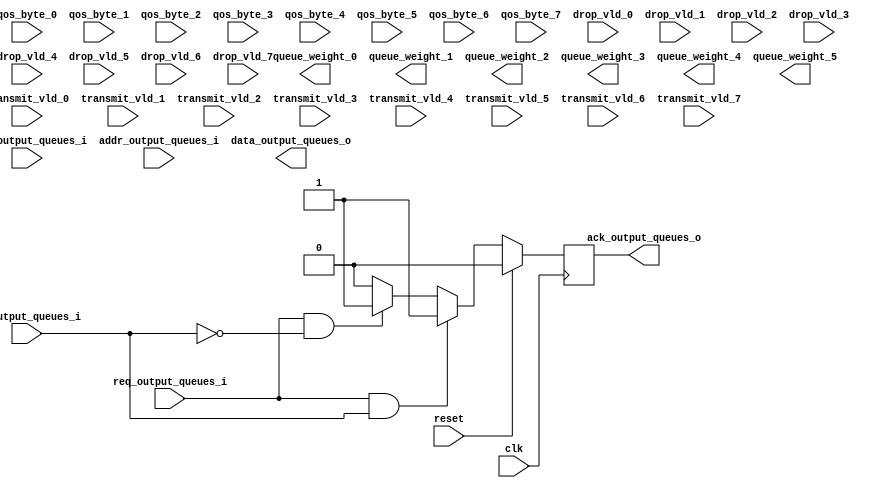
`timescale 1ns / 1ps
//////////////////////////////////////////////////////////////////////////////////
// Company: 
// Engineer: 
// 
// Design Name: 
// Module Name: output_queue_reg_master
// Project Name: 
// Target Devices: 
// Tool Versions: 
// Description: 
// 
// Dependencies: 
// 
// Revision:
// Revision 0.01 - File Created
// Additional Comments:
// 
//////////////////////////////////////////////////////////////////////////////////

   
   module output_queue_reg_master
   (
      input [31:0]   data_output_queues_i ,
      input [31:0]   addr_output_queues_i ,
      input          req_output_queues_i  ,
      input          rw_output_queues_i   ,
      output reg    ack_output_queues_o  ,
      output reg[31:0]  data_output_queues_o ,
      
      input clk,
      input reset,
      
      output reg[5:0]queue_weight_0,
      output reg[5:0]queue_weight_1,
      output reg[5:0]queue_weight_2,
      output reg[5:0]queue_weight_3,
      output reg[5:0]queue_weight_4,
      output reg[5:0]queue_weight_5,
      
      input [5:0]transmit_vld_0   ,
      input [5:0]transmit_vld_1   ,
      input [5:0]transmit_vld_2   ,
      input [5:0]transmit_vld_3   ,
      input [5:0]transmit_vld_4   ,
      input [5:0]transmit_vld_5   ,
      input [5:0]transmit_vld_6   ,
      input [5:0]transmit_vld_7   ,
   
      input [31:0]qos_byte_0   ,
      input [31:0]qos_byte_1   ,
      input [31:0]qos_byte_2   ,
      input [31:0]qos_byte_3   ,
      input [31:0]qos_byte_4   ,
      input [31:0]qos_byte_5   ,
      input [31:0]qos_byte_6   ,
      input [31:0]qos_byte_7   ,
   
      input [5:0]drop_vld_0        ,
      input [5:0]drop_vld_1        ,
      input [5:0]drop_vld_2        ,
      input [5:0]drop_vld_3        ,
      input [5:0]drop_vld_4        ,
      input [5:0]drop_vld_5        ,
      input [5:0]drop_vld_6        ,
      input [5:0]drop_vld_7        
   );
`ifdef ONETS45
begin
       reg [31:0]drop_pkt_0[5:0];
       reg [31:0]drop_pkt_1[5:0];
       reg [31:0]drop_pkt_2[5:0];
       reg [31:0]drop_pkt_3[5:0];
       reg [31:0]drop_pkt_4[5:0];
       reg [31:0]drop_pkt_5[5:0];
       reg [31:0]drop_pkt_6[5:0];
       reg [31:0]drop_pkt_7[5:0];
       
       reg [31:0]drop_byte_0[5:0];
       reg [31:0]drop_byte_1[5:0];
       reg [31:0]drop_byte_2[5:0];
       reg [31:0]drop_byte_3[5:0];
       reg [31:0]drop_byte_4[5:0];
       reg [31:0]drop_byte_5[5:0];
       reg [31:0]drop_byte_6[5:0];
       reg [31:0]drop_byte_7[5:0];
       
       reg [31:0]transmit_byte_0[5:0];
       reg [31:0]transmit_byte_1[5:0];
       reg [31:0]transmit_byte_2[5:0];
       reg [31:0]transmit_byte_3[5:0];
       reg [31:0]transmit_byte_4[5:0];
       reg [31:0]transmit_byte_5[5:0];
       reg [31:0]transmit_byte_6[5:0];
       reg [31:0]transmit_byte_7[5:0];
       
       reg [31:0]transmit_pkt_0[5:0];
       reg [31:0]transmit_pkt_1[5:0];
       reg [31:0]transmit_pkt_2[5:0];
       reg [31:0]transmit_pkt_3[5:0];
       reg [31:0]transmit_pkt_4[5:0];
       reg [31:0]transmit_pkt_5[5:0];
       reg [31:0]transmit_pkt_6[5:0];
       reg [31:0]transmit_pkt_7[5:0];
    
       always@(posedge clk)
       if(reset)
       begin
         transmit_pkt_0[0]<=0;
         transmit_pkt_0[1]<=0;
         transmit_pkt_0[2]<=0;
         transmit_pkt_0[3]<=0;
         transmit_pkt_0[4]<=0;
         
         transmit_byte_0[0]<=0;
         transmit_byte_0[1]<=0;
         transmit_byte_0[2]<=0;
         transmit_byte_0[3]<=0;
         transmit_byte_0[4]<=0;
         
         drop_pkt_0[0]<=0;
         drop_pkt_0[1]<=0;
         drop_pkt_0[2]<=0;
         drop_pkt_0[3]<=0;
         drop_pkt_0[4]<=0;
         
         drop_byte_0[0]<=0;
         drop_byte_0[1]<=0;
         drop_byte_0[2]<=0;
         drop_byte_0[3]<=0;
         drop_byte_0[4]<=0;
       end
       else if(|transmit_vld_0)
       begin
         case(transmit_vld_0)
            6'b000001:
            begin
               transmit_pkt_0[0]<=transmit_pkt_0[0]+1;
               transmit_byte_0[0]<=transmit_byte_0[0]+qos_byte_0;
            end
            6'b000010:
            begin
               transmit_pkt_0[1]<=transmit_pkt_0[1]+1;
               transmit_byte_0[1]<=transmit_byte_0[1]+qos_byte_0;
            end
            6'b000100:
            begin
               transmit_pkt_0[2]<=transmit_pkt_0[2]+1;
               transmit_byte_0[2]<=transmit_byte_0[2]+qos_byte_0;
            end
            6'b001000:
            begin
               transmit_pkt_0[3]<=transmit_pkt_0[3]+1;
               transmit_byte_0[3]<=transmit_byte_0[3]+qos_byte_0;
            end
            6'b010000:
            begin
               transmit_pkt_0[4]<=transmit_pkt_0[4]+1;
               transmit_byte_0[4]<=transmit_byte_0[4]+qos_byte_0;
            end 
           6'b100000:
           begin
              transmit_pkt_0[5]<=transmit_pkt_0[5]+1;
              transmit_byte_0[5]<=transmit_byte_0[5]+qos_byte_0;
           end  
        endcase  
       end
       else if(|drop_vld_0)
       begin
         case(drop_vld_0)
          6'b000001:
             begin
                drop_pkt_0[0]<=drop_pkt_0[0]+1;
                drop_byte_0[0]<=drop_byte_0[0]+qos_byte_0;
             end
             6'b000010:
             begin
                drop_pkt_0[1]<=drop_pkt_0[1]+1;
                drop_byte_0[1]<=drop_byte_0[1]+qos_byte_0;
             end
             6'b000100:
             begin
                drop_pkt_0[2]<=drop_pkt_0[2]+1;
                drop_byte_0[2]<=drop_byte_0[2]+qos_byte_0;
             end
             6'b001000:
             begin
                drop_pkt_0[3]<=drop_pkt_0[3]+1;
                drop_byte_0[3]<=drop_byte_0[3]+qos_byte_0;
             end
             6'b010000:
             begin
                drop_pkt_0[4]<=drop_pkt_0[4]+1;
                drop_byte_0[4]<=drop_byte_0[4]+qos_byte_0;
             end 
            6'b100000:
            begin
               drop_pkt_0[5]<=drop_pkt_0[5]+1;
               drop_byte_0[5]<=drop_byte_0[5]+qos_byte_0;
            end  
         endcase  
       end
       
       always@(posedge clk)
              if(reset)
              begin
                transmit_pkt_1[0]<=0;
                transmit_pkt_1[1]<=0;
                transmit_pkt_1[2]<=0;
                transmit_pkt_1[3]<=0;
                transmit_pkt_1[4]<=0;
                
                transmit_byte_1[0]<=0;
                transmit_byte_1[1]<=0;
                transmit_byte_1[2]<=0;
                transmit_byte_1[3]<=0;
                transmit_byte_1[4]<=0;
                
                drop_pkt_1[0]<=0;
                drop_pkt_1[1]<=0;
                drop_pkt_1[2]<=0;
                drop_pkt_1[3]<=0;
                drop_pkt_1[4]<=0;
                
                drop_byte_1[0]<=0;
                drop_byte_1[1]<=0;
                drop_byte_1[2]<=0;
                drop_byte_1[3]<=0;
                drop_byte_1[4]<=0;
              end
              else if(|transmit_vld_1)
              begin
                case(transmit_vld_1)
                   6'b000001:
                   begin
                      transmit_pkt_1[0]<=transmit_pkt_1[0]+1;
                      transmit_byte_1[0]<=transmit_byte_1[0]+qos_byte_1;
                   end
                   6'b000010:
                   begin
                      transmit_pkt_1[1]<=transmit_pkt_1[1]+1;
                      transmit_byte_1[1]<=transmit_byte_1[1]+qos_byte_1;
                   end
                   6'b000100:
                   begin
                      transmit_pkt_1[2]<=transmit_pkt_1[2]+1;
                      transmit_byte_1[2]<=transmit_byte_1[2]+qos_byte_1;
                   end
                   6'b001000:
                   begin
                      transmit_pkt_1[3]<=transmit_pkt_1[3]+1;
                      transmit_byte_1[3]<=transmit_byte_1[3]+qos_byte_1;
                   end
                   6'b010000:
                   begin
                      transmit_pkt_1[4]<=transmit_pkt_1[4]+1;
                      transmit_byte_1[4]<=transmit_byte_1[4]+qos_byte_1;
                   end 
                  6'b100000:
                  begin
                     transmit_pkt_1[5]<=transmit_pkt_1[5]+1;
                     transmit_byte_1[5]<=transmit_byte_1[5]+qos_byte_1;
                  end  
               endcase  
              end
              else if(|drop_vld_1)
              begin
                case(drop_vld_1)
                 6'b000001:
                    begin
                       drop_pkt_1[0]<=drop_pkt_1[0]+1;
                       drop_byte_1[0]<=drop_byte_1[0]+qos_byte_1;
                    end
                    6'b000010:
                    begin
                       drop_pkt_1[1]<=drop_pkt_1[1]+1;
                       drop_byte_1[1]<=drop_byte_1[1]+qos_byte_1;
                    end
                    6'b000100:
                    begin
                       drop_pkt_1[2]<=drop_pkt_1[2]+1;
                       drop_byte_1[2]<=drop_byte_1[2]+qos_byte_1;
                    end
                    6'b001000:
                    begin
                       drop_pkt_1[3]<=drop_pkt_1[3]+1;
                       drop_byte_1[3]<=drop_byte_1[3]+qos_byte_1;
                    end
                    6'b010000:
                    begin
                       drop_pkt_1[4]<=drop_pkt_1[4]+1;
                       drop_byte_1[4]<=drop_byte_1[4]+qos_byte_1;
                    end 
                   6'b100000:
                   begin
                      drop_pkt_1[5]<=drop_pkt_1[5]+1;
                      drop_byte_1[5]<=drop_byte_1[5]+qos_byte_1;
                   end  
                endcase  
              end
           
          always@(posedge clk)
                 if(reset)
                 begin
                   transmit_pkt_2[0]<=0;
                   transmit_pkt_2[1]<=0;
                   transmit_pkt_2[2]<=0;
                   transmit_pkt_2[3]<=0;
                   transmit_pkt_2[4]<=0;
                   
                   transmit_byte_2[0]<=0;
                   transmit_byte_2[1]<=0;
                   transmit_byte_2[2]<=0;
                   transmit_byte_2[3]<=0;
                   transmit_byte_2[4]<=0;
                   
                   drop_pkt_2[0]<=0;
                   drop_pkt_2[1]<=0;
                   drop_pkt_2[2]<=0;
                   drop_pkt_2[3]<=0;
                   drop_pkt_2[4]<=0;
                   
                   drop_byte_2[0]<=0;
                   drop_byte_2[1]<=0;
                   drop_byte_2[2]<=0;
                   drop_byte_2[3]<=0;
                   drop_byte_2[4]<=0;
                 end
                 else if(|transmit_vld_2)
                 begin
                   case(transmit_vld_2)
                      6'b000001:
                      begin
                         transmit_pkt_2[0]<=transmit_pkt_2[0]+1;
                         transmit_byte_2[0]<=transmit_byte_2[0]+qos_byte_2;
                      end
                      6'b000010:
                      begin
                         transmit_pkt_2[1]<=transmit_pkt_2[1]+1;
                         transmit_byte_2[1]<=transmit_byte_2[1]+qos_byte_2;
                      end
                      6'b000100:
                      begin
                         transmit_pkt_2[2]<=transmit_pkt_2[2]+1;
                         transmit_byte_2[2]<=transmit_byte_2[2]+qos_byte_2;
                      end
                      6'b001000:
                      begin
                         transmit_pkt_2[3]<=transmit_pkt_2[3]+1;
                         transmit_byte_2[3]<=transmit_byte_2[3]+qos_byte_2;
                      end
                      6'b010000:
                      begin
                         transmit_pkt_2[4]<=transmit_pkt_2[4]+1;
                         transmit_byte_2[4]<=transmit_byte_2[4]+qos_byte_2;
                      end 
                     6'b100000:
                     begin
                        transmit_pkt_2[5]<=transmit_pkt_2[5]+1;
                        transmit_byte_2[5]<=transmit_byte_2[5]+qos_byte_2;
                     end  
                  endcase  
                 end
                 else if(|drop_vld_2)
                 begin
                   case(drop_vld_2)
                    6'b000001:
                       begin
                          drop_pkt_2[0]<=drop_pkt_2[0]+1;
                          drop_byte_2[0]<=drop_byte_2[0]+qos_byte_2;
                       end
                       6'b000010:
                       begin
                          drop_pkt_2[1]<=drop_pkt_2[1]+1;
                          drop_byte_2[1]<=drop_byte_2[1]+qos_byte_2;
                       end
                       6'b000100:
                       begin
                          drop_pkt_2[2]<=drop_pkt_2[2]+1;
                          drop_byte_2[2]<=drop_byte_2[2]+qos_byte_2;
                       end
                       6'b001000:
                       begin
                          drop_pkt_2[3]<=drop_pkt_2[3]+1;
                          drop_byte_2[3]<=drop_byte_2[3]+qos_byte_2;
                       end
                       6'b010000:
                       begin
                          drop_pkt_2[4]<=drop_pkt_2[4]+1;
                          drop_byte_2[4]<=drop_byte_2[4]+qos_byte_2;
                       end 
                      6'b100000:
                      begin
                         drop_pkt_2[5]<=drop_pkt_2[5]+1;
                         drop_byte_2[5]<=drop_byte_2[5]+qos_byte_2;
                      end  
                   endcase  
                 end
                     
                 always@(posedge clk)
                        if(reset)
                        begin
                          transmit_pkt_3[0]<=0;
                          transmit_pkt_3[1]<=0;
                          transmit_pkt_3[2]<=0;
                          transmit_pkt_3[3]<=0;
                          transmit_pkt_3[4]<=0;
                          
                          transmit_byte_3[0]<=0;
                          transmit_byte_3[1]<=0;
                          transmit_byte_3[2]<=0;
                          transmit_byte_3[3]<=0;
                          transmit_byte_3[4]<=0;
                          
                          drop_pkt_3[0]<=0;
                          drop_pkt_3[1]<=0;
                          drop_pkt_3[2]<=0;
                          drop_pkt_3[3]<=0;
                          drop_pkt_3[4]<=0;
                          
                          drop_byte_3[0]<=0;
                          drop_byte_3[1]<=0;
                          drop_byte_3[2]<=0;
                          drop_byte_3[3]<=0;
                          drop_byte_3[4]<=0;
                        end
                        else if(|transmit_vld_3)
                        begin
                          case(transmit_vld_3)
                             6'b000001:
                             begin
                                transmit_pkt_3[0]<=transmit_pkt_3[0]+1;
                                transmit_byte_3[0]<=transmit_byte_3[0]+qos_byte_3;
                             end
                             6'b000010:
                             begin
                                transmit_pkt_3[1]<=transmit_pkt_3[1]+1;
                                transmit_byte_3[1]<=transmit_byte_3[1]+qos_byte_3;
                             end
                             6'b000100:
                             begin
                                transmit_pkt_3[2]<=transmit_pkt_3[2]+1;
                                transmit_byte_3[2]<=transmit_byte_3[2]+qos_byte_3;
                             end
                             6'b001000:
                             begin
                                transmit_pkt_3[3]<=transmit_pkt_3[3]+1;
                                transmit_byte_3[3]<=transmit_byte_3[3]+qos_byte_3;
                             end
                             6'b010000:
                             begin
                                transmit_pkt_3[4]<=transmit_pkt_3[4]+1;
                                transmit_byte_3[4]<=transmit_byte_3[4]+qos_byte_3;
                             end 
                            6'b100000:
                            begin
                               transmit_pkt_3[5]<=transmit_pkt_3[5]+1;
                               transmit_byte_3[5]<=transmit_byte_3[5]+qos_byte_3;
                            end  
                         endcase  
                        end
                        else if(|drop_vld_3)
                        begin
                          case(drop_vld_3)
                           6'b000001:
                              begin
                                 drop_pkt_3[0]<=drop_pkt_3[0]+1;
                                 drop_byte_3[0]<=drop_byte_3[0]+qos_byte_3;
                              end
                              6'b000010:
                              begin
                                 drop_pkt_3[1]<=drop_pkt_3[1]+1;
                                 drop_byte_3[1]<=drop_byte_3[1]+qos_byte_3;
                              end
                              6'b000100:
                              begin
                                 drop_pkt_3[2]<=drop_pkt_3[2]+1;
                                 drop_byte_3[2]<=drop_byte_3[2]+qos_byte_3;
                              end
                              6'b001000:
                              begin
                                 drop_pkt_3[3]<=drop_pkt_3[3]+1;
                                 drop_byte_3[3]<=drop_byte_3[3]+qos_byte_3;
                              end
                              6'b010000:
                              begin
                                 drop_pkt_3[4]<=drop_pkt_3[4]+1;
                                 drop_byte_3[4]<=drop_byte_3[4]+qos_byte_3;
                              end 
                             6'b100000:
                             begin
                                drop_pkt_3[5]<=drop_pkt_3[5]+1;
                                drop_byte_3[5]<=drop_byte_3[5]+qos_byte_3;
                             end  
                          endcase  
                        end
                        
                        always@(posedge clk)
                               if(reset)
                               begin
                                 transmit_pkt_4[0]<=0;
                                 transmit_pkt_4[1]<=0;
                                 transmit_pkt_4[2]<=0;
                                 transmit_pkt_4[3]<=0;
                                 transmit_pkt_4[4]<=0;
                                 
                                 transmit_byte_4[0]<=0;
                                 transmit_byte_4[1]<=0;
                                 transmit_byte_4[2]<=0;
                                 transmit_byte_4[3]<=0;
                                 transmit_byte_4[4]<=0;
                                 
                                 drop_pkt_4[0]<=0;
                                 drop_pkt_4[1]<=0;
                                 drop_pkt_4[2]<=0;
                                 drop_pkt_4[3]<=0;
                                 drop_pkt_4[4]<=0;
                                 
                                 drop_byte_4[0]<=0;
                                 drop_byte_4[1]<=0;
                                 drop_byte_4[2]<=0;
                                 drop_byte_4[3]<=0;
                                 drop_byte_4[4]<=0;
                               end
                               else if(|transmit_vld_4)
                               begin
                                 case(transmit_vld_4)
                                    6'b000001:
                                    begin
                                       transmit_pkt_4[0]<=transmit_pkt_4[0]+1;
                                       transmit_byte_4[0]<=transmit_byte_4[0]+qos_byte_4;
                                    end
                                    6'b000010:
                                    begin
                                       transmit_pkt_4[1]<=transmit_pkt_4[1]+1;
                                       transmit_byte_4[1]<=transmit_byte_4[1]+qos_byte_4;
                                    end
                                    6'b000100:
                                    begin
                                       transmit_pkt_4[2]<=transmit_pkt_4[2]+1;
                                       transmit_byte_4[2]<=transmit_byte_4[2]+qos_byte_4;
                                    end
                                    6'b001000:
                                    begin
                                       transmit_pkt_4[3]<=transmit_pkt_4[3]+1;
                                       transmit_byte_4[3]<=transmit_byte_4[3]+qos_byte_4;
                                    end
                                    6'b010000:
                                    begin
                                       transmit_pkt_4[4]<=transmit_pkt_4[4]+1;
                                       transmit_byte_4[4]<=transmit_byte_4[4]+qos_byte_4;
                                    end 
                                   6'b100000:
                                   begin
                                      transmit_pkt_4[5]<=transmit_pkt_4[5]+1;
                                      transmit_byte_4[5]<=transmit_byte_4[5]+qos_byte_4;
                                   end  
                                endcase  
                               end
                               else if(|drop_vld_4)
                               begin
                                 case(drop_vld_4)
                                  6'b000001:
                                     begin
                                        drop_pkt_4[0]<=drop_pkt_4[0]+1;
                                        drop_byte_4[0]<=drop_byte_4[0]+qos_byte_4;
                                     end
                                     6'b000010:
                                     begin
                                        drop_pkt_4[1]<=drop_pkt_4[1]+1;
                                        drop_byte_4[1]<=drop_byte_4[1]+qos_byte_4;
                                     end
                                     6'b000100:
                                     begin
                                        drop_pkt_4[2]<=drop_pkt_4[2]+1;
                                        drop_byte_4[2]<=drop_byte_4[2]+qos_byte_4;
                                     end
                                     6'b001000:
                                     begin
                                        drop_pkt_4[3]<=drop_pkt_4[3]+1;
                                        drop_byte_4[3]<=drop_byte_4[3]+qos_byte_4;
                                     end
                                     6'b010000:
                                     begin
                                        drop_pkt_4[4]<=drop_pkt_4[4]+1;
                                        drop_byte_4[4]<=drop_byte_4[4]+qos_byte_4;
                                     end 
                                    6'b100000:
                                    begin
                                       drop_pkt_4[5]<=drop_pkt_4[5]+1;
                                       drop_byte_4[5]<=drop_byte_4[5]+qos_byte_4;
                                    end  
                                 endcase  
                               end

          always@(posedge clk)
                 if(reset)
                 begin
                   transmit_pkt_5[0]<=0;
                   transmit_pkt_5[1]<=0;
                   transmit_pkt_5[2]<=0;
                   transmit_pkt_5[3]<=0;
                   transmit_pkt_5[4]<=0;
                   
                   transmit_byte_5[0]<=0;
                   transmit_byte_5[1]<=0;
                   transmit_byte_5[2]<=0;
                   transmit_byte_5[3]<=0;
                   transmit_byte_5[4]<=0;
                   
                   drop_pkt_5[0]<=0;
                   drop_pkt_5[1]<=0;
                   drop_pkt_5[2]<=0;
                   drop_pkt_5[3]<=0;
                   drop_pkt_5[4]<=0;
                   
                   drop_byte_5[0]<=0;
                   drop_byte_5[1]<=0;
                   drop_byte_5[2]<=0;
                   drop_byte_5[3]<=0;
                   drop_byte_5[4]<=0;
                 end
                 else if(|transmit_vld_5)
                 begin
                   case(transmit_vld_5)
                      6'b000001:
                      begin
                         transmit_pkt_5[0]<=transmit_pkt_5[0]+1;
                         transmit_byte_5[0]<=transmit_byte_5[0]+qos_byte_5;
                      end
                      6'b000010:
                      begin
                         transmit_pkt_5[1]<=transmit_pkt_5[1]+1;
                         transmit_byte_5[1]<=transmit_byte_5[1]+qos_byte_5;
                      end
                      6'b000100:
                      begin
                         transmit_pkt_5[2]<=transmit_pkt_5[2]+1;
                         transmit_byte_5[2]<=transmit_byte_5[2]+qos_byte_5;
                      end
                      6'b001000:
                      begin
                         transmit_pkt_5[3]<=transmit_pkt_5[3]+1;
                         transmit_byte_5[3]<=transmit_byte_5[3]+qos_byte_5;
                      end
                      6'b010000:
                      begin
                         transmit_pkt_5[4]<=transmit_pkt_5[4]+1;
                         transmit_byte_5[4]<=transmit_byte_5[4]+qos_byte_5;
                      end 
                     6'b100000:
                     begin
                        transmit_pkt_5[5]<=transmit_pkt_5[5]+1;
                        transmit_byte_5[5]<=transmit_byte_5[5]+qos_byte_5;
                     end  
                  endcase  
                 end
                 else if(|drop_vld_5)
                 begin
                   case(drop_vld_5)
                    6'b000001:
                       begin
                          drop_pkt_5[0]<=drop_pkt_5[0]+1;
                          drop_byte_5[0]<=drop_byte_5[0]+qos_byte_5;
                       end
                       6'b000010:
                       begin
                          drop_pkt_5[1]<=drop_pkt_5[1]+1;
                          drop_byte_5[1]<=drop_byte_5[1]+qos_byte_5;
                       end
                       6'b000100:
                       begin
                          drop_pkt_5[2]<=drop_pkt_5[2]+1;
                          drop_byte_5[2]<=drop_byte_5[2]+qos_byte_5;
                       end
                       6'b001000:
                       begin
                          drop_pkt_5[3]<=drop_pkt_5[3]+1;
                          drop_byte_5[3]<=drop_byte_5[3]+qos_byte_5;
                       end
                       6'b010000:
                       begin
                          drop_pkt_5[4]<=drop_pkt_5[4]+1;
                          drop_byte_5[4]<=drop_byte_5[4]+qos_byte_5;
                       end 
                      6'b100000:
                      begin
                         drop_pkt_5[5]<=drop_pkt_5[5]+1;
                         drop_byte_5[5]<=drop_byte_5[5]+qos_byte_5;
                      end  
                   endcase  
                 end

          always@(posedge clk)
                 if(reset)
                 begin
                   transmit_pkt_6[0]<=0;
                   transmit_pkt_6[1]<=0;
                   transmit_pkt_6[2]<=0;
                   transmit_pkt_6[3]<=0;
                   transmit_pkt_6[4]<=0;
                   
                   transmit_byte_6[0]<=0;
                   transmit_byte_6[1]<=0;
                   transmit_byte_6[2]<=0;
                   transmit_byte_6[3]<=0;
                   transmit_byte_6[4]<=0;
                   
                   drop_pkt_6[0]<=0;
                   drop_pkt_6[1]<=0;
                   drop_pkt_6[2]<=0;
                   drop_pkt_6[3]<=0;
                   drop_pkt_6[4]<=0;
                   
                   drop_byte_6[0]<=0;
                   drop_byte_6[1]<=0;
                   drop_byte_6[2]<=0;
                   drop_byte_6[3]<=0;
                   drop_byte_6[4]<=0;
                 end
                 else if(|transmit_vld_6)
                 begin
                   case(transmit_vld_6)
                      6'b000001:
                      begin
                         transmit_pkt_6[0]<=transmit_pkt_6[0]+1;
                         transmit_byte_6[0]<=transmit_byte_6[0]+qos_byte_6;
                      end
                      6'b000010:
                      begin
                         transmit_pkt_6[1]<=transmit_pkt_6[1]+1;
                         transmit_byte_6[1]<=transmit_byte_6[1]+qos_byte_6;
                      end
                      6'b000100:
                      begin
                         transmit_pkt_6[2]<=transmit_pkt_6[2]+1;
                         transmit_byte_6[2]<=transmit_byte_6[2]+qos_byte_6;
                      end
                      6'b001000:
                      begin
                         transmit_pkt_6[3]<=transmit_pkt_6[3]+1;
                         transmit_byte_6[3]<=transmit_byte_6[3]+qos_byte_6;
                      end
                      6'b010000:
                      begin
                         transmit_pkt_6[4]<=transmit_pkt_6[4]+1;
                         transmit_byte_6[4]<=transmit_byte_6[4]+qos_byte_6;
                      end 
                     6'b100000:
                     begin
                        transmit_pkt_6[5]<=transmit_pkt_6[5]+1;
                        transmit_byte_6[5]<=transmit_byte_6[5]+qos_byte_6;
                     end  
                  endcase  
                 end
                 else if(|drop_vld_6)
                 begin
                   case(drop_vld_6)
                    6'b000001:
                       begin
                          drop_pkt_6[0]<=drop_pkt_6[0]+1;
                          drop_byte_6[0]<=drop_byte_6[0]+qos_byte_6;
                       end
                       6'b000010:
                       begin
                          drop_pkt_6[1]<=drop_pkt_6[1]+1;
                          drop_byte_6[1]<=drop_byte_6[1]+qos_byte_6;
                       end
                       6'b000100:
                       begin
                          drop_pkt_6[2]<=drop_pkt_6[2]+1;
                          drop_byte_6[2]<=drop_byte_6[2]+qos_byte_6;
                       end
                       6'b001000:
                       begin
                          drop_pkt_6[3]<=drop_pkt_6[3]+1;
                          drop_byte_6[3]<=drop_byte_6[3]+qos_byte_6;
                       end
                       6'b010000:
                       begin
                          drop_pkt_6[4]<=drop_pkt_6[4]+1;
                          drop_byte_6[4]<=drop_byte_6[4]+qos_byte_6;
                       end 
                      6'b100000:
                      begin
                         drop_pkt_6[5]<=drop_pkt_6[5]+1;
                         drop_byte_6[5]<=drop_byte_6[5]+qos_byte_6;
                      end  
                   endcase  
                 end

          always@(posedge clk)
                 if(reset)
                 begin
                   transmit_pkt_7[0]<=0;
                   transmit_pkt_7[1]<=0;
                   transmit_pkt_7[2]<=0;
                   transmit_pkt_7[3]<=0;
                   transmit_pkt_7[4]<=0;
                   
                   transmit_byte_7[0]<=0;
                   transmit_byte_7[1]<=0;
                   transmit_byte_7[2]<=0;
                   transmit_byte_7[3]<=0;
                   transmit_byte_7[4]<=0;
                   
                   drop_pkt_7[0]<=0;
                   drop_pkt_7[1]<=0;
                   drop_pkt_7[2]<=0;
                   drop_pkt_7[3]<=0;
                   drop_pkt_7[4]<=0;
                   
                   drop_byte_7[0]<=0;
                   drop_byte_7[1]<=0;
                   drop_byte_7[2]<=0;
                   drop_byte_7[3]<=0;
                   drop_byte_7[4]<=0;
                 end
                 else if(|transmit_vld_7)
                 begin
                   case(transmit_vld_7)
                      6'b000001:
                      begin
                         transmit_pkt_7[0]<=transmit_pkt_7[0]+1;
                         transmit_byte_7[0]<=transmit_byte_7[0]+qos_byte_7;
                      end
                      6'b000010:
                      begin
                         transmit_pkt_7[1]<=transmit_pkt_7[1]+1;
                         transmit_byte_7[1]<=transmit_byte_7[1]+qos_byte_7;
                      end
                      6'b000100:
                      begin
                         transmit_pkt_7[2]<=transmit_pkt_7[2]+1;
                         transmit_byte_7[2]<=transmit_byte_7[2]+qos_byte_7;
                      end
                      6'b001000:
                      begin
                         transmit_pkt_7[3]<=transmit_pkt_7[3]+1;
                         transmit_byte_7[3]<=transmit_byte_7[3]+qos_byte_7;
                      end
                      6'b010000:
                      begin
                         transmit_pkt_7[4]<=transmit_pkt_7[4]+1;
                         transmit_byte_7[4]<=transmit_byte_7[4]+qos_byte_7;
                      end 
                     6'b100000:
                     begin
                        transmit_pkt_7[5]<=transmit_pkt_7[5]+1;
                        transmit_byte_7[5]<=transmit_byte_7[5]+qos_byte_7;
                     end  
                  endcase  
                 end
                 else if(|drop_vld_7)
                 begin
                   case(drop_vld_7)
                    6'b000001:
                       begin
                          drop_pkt_7[0]<=drop_pkt_7[0]+1;
                          drop_byte_7[0]<=drop_byte_7[0]+qos_byte_7;
                       end
                       6'b000010:
                       begin
                          drop_pkt_7[1]<=drop_pkt_7[1]+1;
                          drop_byte_7[1]<=drop_byte_7[1]+qos_byte_7;
                       end
                       6'b000100:
                       begin
                          drop_pkt_7[2]<=drop_pkt_7[2]+1;
                          drop_byte_7[2]<=drop_byte_7[2]+qos_byte_7;
                       end
                       6'b001000:
                       begin
                          drop_pkt_7[3]<=drop_pkt_7[3]+1;
                          drop_byte_7[3]<=drop_byte_7[3]+qos_byte_7;
                       end
                       6'b010000:
                       begin
                          drop_pkt_7[4]<=drop_pkt_7[4]+1;
                          drop_byte_7[4]<=drop_byte_7[4]+qos_byte_7;
                       end 
                      6'b100000:
                      begin
                         drop_pkt_7[5]<=drop_pkt_7[5]+1;
                         drop_byte_7[5]<=drop_byte_7[5]+qos_byte_7;
                      end  
                   endcase  
                 end
                                                     
          always@(posedge clk)
              if(reset)
              begin
                  queue_weight_0<=1;
                  queue_weight_1<=2;
                  queue_weight_2<=3;
                  queue_weight_3<=4;       
                  queue_weight_4<=5;
                  queue_weight_5<=6;        
                  data_output_queues_o<=32'hdeadbeef;
              end
              else if(req_output_queues_i && rw_output_queues_i==0)
                  case(addr_output_queues_i[7:0])
                  0:queue_weight_0<=data_output_queues_i;
                  4:queue_weight_1<=data_output_queues_i;
                  8:queue_weight_2<=data_output_queues_i;
                  16:queue_weight_3<=data_output_queues_i;
                  20:queue_weight_4<=data_output_queues_i;
                  24:queue_weight_5<=data_output_queues_i;
                  endcase
              else if(req_output_queues_i && rw_output_queues_i==1)
                  case(addr_output_queues_i[7:0])
                     0:data_output_queues_o<=queue_weight_0;
                     4:data_output_queues_o<=queue_weight_1;
                     8:data_output_queues_o<=queue_weight_2;
                     12:data_output_queues_o<=queue_weight_3;
                     16:data_output_queues_o<=queue_weight_4;
                     20:data_output_queues_o<=queue_weight_5;
                     `TRANSMIT_PKT_COUNTER_QUEUES: 
                     case(addr_output_queues_i[19:16])
                        0:data_output_queues_o<=transmit_pkt_0[addr_output_queues_i[15:8]];
                        1:data_output_queues_o<=transmit_pkt_1[addr_output_queues_i[15:8]];
                        2:data_output_queues_o<=transmit_pkt_2[addr_output_queues_i[15:8]];
                        3:data_output_queues_o<=transmit_pkt_3[addr_output_queues_i[15:8]];
                        4:data_output_queues_o<=transmit_pkt_4[addr_output_queues_i[15:8]];
                        5:data_output_queues_o<=transmit_pkt_5[addr_output_queues_i[15:8]];
                        6:data_output_queues_o<=transmit_pkt_6[addr_output_queues_i[15:8]];
                        7:data_output_queues_o<=transmit_pkt_7[addr_output_queues_i[15:8]];
                        default:data_output_queues_o<=32'hdeadbeef;
                     endcase
                     `TRANSMIT_BYTE_COUNTER_QUEUES:
                      case(addr_output_queues_i[19:16])
                         0:data_output_queues_o<=transmit_byte_0[addr_output_queues_i[15:8]];
                         1:data_output_queues_o<=transmit_byte_1[addr_output_queues_i[15:8]];
                         2:data_output_queues_o<=transmit_byte_2[addr_output_queues_i[15:8]];
                         3:data_output_queues_o<=transmit_byte_3[addr_output_queues_i[15:8]];
                         4:data_output_queues_o<=transmit_byte_4[addr_output_queues_i[15:8]];
                         5:data_output_queues_o<=transmit_byte_5[addr_output_queues_i[15:8]];
                         6:data_output_queues_o<=transmit_byte_6[addr_output_queues_i[15:8]];
                         7:data_output_queues_o<=transmit_byte_7[addr_output_queues_i[15:8]];
                         default:data_output_queues_o<=32'hdeadbeef;
                      endcase
                      `DROP_PKT_COUNTER_QUEUES:
                      case(addr_output_queues_i[19:16])
                         0:data_output_queues_o<=drop_pkt_0[addr_output_queues_i[15:8]];
                         1:data_output_queues_o<=drop_pkt_1[addr_output_queues_i[15:8]];
                         2:data_output_queues_o<=drop_pkt_2[addr_output_queues_i[15:8]];
                         3:data_output_queues_o<=drop_pkt_3[addr_output_queues_i[15:8]];
                         4:data_output_queues_o<=drop_pkt_4[addr_output_queues_i[15:8]];
                         5:data_output_queues_o<=drop_pkt_5[addr_output_queues_i[15:8]];
                         6:data_output_queues_o<=drop_pkt_6[addr_output_queues_i[15:8]];
                         7:data_output_queues_o<=drop_pkt_7[addr_output_queues_i[15:8]];
                         default:data_output_queues_o<=32'hdeadbeef;
                      endcase
                      `DROP_BYTE_COUNTER_QUEUES:
                      case(addr_output_queues_i[19:16])
                         0:data_output_queues_o<=drop_byte_0[addr_output_queues_i[15:8]];
                         1:data_output_queues_o<=drop_byte_1[addr_output_queues_i[15:8]];
                         2:data_output_queues_o<=drop_byte_2[addr_output_queues_i[15:8]];
                         3:data_output_queues_o<=drop_byte_3[addr_output_queues_i[15:8]];
                         4:data_output_queues_o<=drop_byte_4[addr_output_queues_i[15:8]];
                         5:data_output_queues_o<=drop_byte_5[addr_output_queues_i[15:8]];
                         6:data_output_queues_o<=drop_byte_6[addr_output_queues_i[15:8]];
                         7:data_output_queues_o<=drop_byte_7[addr_output_queues_i[15:8]];
                         default:data_output_queues_o<=32'hdeadbeef;
                      endcase
                      
                     default:data_output_queues_o<=32'hdeadbeef;
                   endcase
end
`elsif ONETS30
begin
reg [31:0]drop_pkt_0[5:0];
reg [31:0]drop_pkt_1[5:0];
reg [31:0]drop_pkt_2[5:0];
reg [31:0]drop_pkt_3[5:0];
reg [31:0]drop_pkt_4[5:0];
reg [31:0]drop_pkt_5[5:0];
reg [31:0]drop_pkt_6[5:0];
reg [31:0]drop_pkt_7[5:0];

reg [31:0]drop_byte_0[5:0];
reg [31:0]drop_byte_1[5:0];
reg [31:0]drop_byte_2[5:0];
reg [31:0]drop_byte_3[5:0];
reg [31:0]drop_byte_4[5:0];
reg [31:0]drop_byte_5[5:0];
reg [31:0]drop_byte_6[5:0];
reg [31:0]drop_byte_7[5:0];

reg [31:0]transmit_byte_0[5:0];
reg [31:0]transmit_byte_1[5:0];
reg [31:0]transmit_byte_2[5:0];
reg [31:0]transmit_byte_3[5:0];
reg [31:0]transmit_byte_4[5:0];
reg [31:0]transmit_byte_5[5:0];
reg [31:0]transmit_byte_6[5:0];
reg [31:0]transmit_byte_7[5:0];

reg [31:0]transmit_pkt_0[5:0];
reg [31:0]transmit_pkt_1[5:0];
reg [31:0]transmit_pkt_2[5:0];
reg [31:0]transmit_pkt_3[5:0];
reg [31:0]transmit_pkt_4[5:0];
reg [31:0]transmit_pkt_5[5:0];
reg [31:0]transmit_pkt_6[5:0];
reg [31:0]transmit_pkt_7[5:0];

always@(posedge clk)
if(reset)
begin
  transmit_pkt_0[0]<=0;
  transmit_pkt_0[1]<=0;
  transmit_pkt_0[2]<=0;
  transmit_pkt_0[3]<=0;
  transmit_pkt_0[4]<=0;
  
  transmit_byte_0[0]<=0;
  transmit_byte_0[1]<=0;
  transmit_byte_0[2]<=0;
  transmit_byte_0[3]<=0;
  transmit_byte_0[4]<=0;
  
  drop_pkt_0[0]<=0;
  drop_pkt_0[1]<=0;
  drop_pkt_0[2]<=0;
  drop_pkt_0[3]<=0;
  drop_pkt_0[4]<=0;
  
  drop_byte_0[0]<=0;
  drop_byte_0[1]<=0;
  drop_byte_0[2]<=0;
  drop_byte_0[3]<=0;
  drop_byte_0[4]<=0;
end
else if(|transmit_vld_0)
begin
  case(transmit_vld_0)
     6'b000001:
     begin
        transmit_pkt_0[0]<=transmit_pkt_0[0]+1;
        transmit_byte_0[0]<=transmit_byte_0[0]+qos_byte_0;
     end
     6'b000010:
     begin
        transmit_pkt_0[1]<=transmit_pkt_0[1]+1;
        transmit_byte_0[1]<=transmit_byte_0[1]+qos_byte_0;
     end
     6'b000100:
     begin
        transmit_pkt_0[2]<=transmit_pkt_0[2]+1;
        transmit_byte_0[2]<=transmit_byte_0[2]+qos_byte_0;
     end
     6'b001000:
     begin
        transmit_pkt_0[3]<=transmit_pkt_0[3]+1;
        transmit_byte_0[3]<=transmit_byte_0[3]+qos_byte_0;
     end
     6'b010000:
     begin
        transmit_pkt_0[4]<=transmit_pkt_0[4]+1;
        transmit_byte_0[4]<=transmit_byte_0[4]+qos_byte_0;
     end 
    6'b100000:
    begin
       transmit_pkt_0[5]<=transmit_pkt_0[5]+1;
       transmit_byte_0[5]<=transmit_byte_0[5]+qos_byte_0;
    end  
 endcase  
end
else if(|drop_vld_0)
begin
  case(drop_vld_0)
   6'b000001:
      begin
         drop_pkt_0[0]<=drop_pkt_0[0]+1;
         drop_byte_0[0]<=drop_byte_0[0]+qos_byte_0;
      end
      6'b000010:
      begin
         drop_pkt_0[1]<=drop_pkt_0[1]+1;
         drop_byte_0[1]<=drop_byte_0[1]+qos_byte_0;
      end
      6'b000100:
      begin
         drop_pkt_0[2]<=drop_pkt_0[2]+1;
         drop_byte_0[2]<=drop_byte_0[2]+qos_byte_0;
      end
      6'b001000:
      begin
         drop_pkt_0[3]<=drop_pkt_0[3]+1;
         drop_byte_0[3]<=drop_byte_0[3]+qos_byte_0;
      end
      6'b010000:
      begin
         drop_pkt_0[4]<=drop_pkt_0[4]+1;
         drop_byte_0[4]<=drop_byte_0[4]+qos_byte_0;
      end 
     6'b100000:
     begin
        drop_pkt_0[5]<=drop_pkt_0[5]+1;
        drop_byte_0[5]<=drop_byte_0[5]+qos_byte_0;
     end  
  endcase  
end

always@(posedge clk)
       if(reset)
       begin
         transmit_pkt_1[0]<=0;
         transmit_pkt_1[1]<=0;
         transmit_pkt_1[2]<=0;
         transmit_pkt_1[3]<=0;
         transmit_pkt_1[4]<=0;
         
         transmit_byte_1[0]<=0;
         transmit_byte_1[1]<=0;
         transmit_byte_1[2]<=0;
         transmit_byte_1[3]<=0;
         transmit_byte_1[4]<=0;
         
         drop_pkt_1[0]<=0;
         drop_pkt_1[1]<=0;
         drop_pkt_1[2]<=0;
         drop_pkt_1[3]<=0;
         drop_pkt_1[4]<=0;
         
         drop_byte_1[0]<=0;
         drop_byte_1[1]<=0;
         drop_byte_1[2]<=0;
         drop_byte_1[3]<=0;
         drop_byte_1[4]<=0;
       end
       else if(|transmit_vld_1)
       begin
         case(transmit_vld_1)
            6'b000001:
            begin
               transmit_pkt_1[0]<=transmit_pkt_1[0]+1;
               transmit_byte_1[0]<=transmit_byte_1[0]+qos_byte_1;
            end
            6'b000010:
            begin
               transmit_pkt_1[1]<=transmit_pkt_1[1]+1;
               transmit_byte_1[1]<=transmit_byte_1[1]+qos_byte_1;
            end
            6'b000100:
            begin
               transmit_pkt_1[2]<=transmit_pkt_1[2]+1;
               transmit_byte_1[2]<=transmit_byte_1[2]+qos_byte_1;
            end
            6'b001000:
            begin
               transmit_pkt_1[3]<=transmit_pkt_1[3]+1;
               transmit_byte_1[3]<=transmit_byte_1[3]+qos_byte_1;
            end
            6'b010000:
            begin
               transmit_pkt_1[4]<=transmit_pkt_1[4]+1;
               transmit_byte_1[4]<=transmit_byte_1[4]+qos_byte_1;
            end 
           6'b100000:
           begin
              transmit_pkt_1[5]<=transmit_pkt_1[5]+1;
              transmit_byte_1[5]<=transmit_byte_1[5]+qos_byte_1;
           end  
        endcase  
       end
       else if(|drop_vld_1)
       begin
         case(drop_vld_1)
          6'b000001:
             begin
                drop_pkt_1[0]<=drop_pkt_1[0]+1;
                drop_byte_1[0]<=drop_byte_1[0]+qos_byte_1;
             end
             6'b000010:
             begin
                drop_pkt_1[1]<=drop_pkt_1[1]+1;
                drop_byte_1[1]<=drop_byte_1[1]+qos_byte_1;
             end
             6'b000100:
             begin
                drop_pkt_1[2]<=drop_pkt_1[2]+1;
                drop_byte_1[2]<=drop_byte_1[2]+qos_byte_1;
             end
             6'b001000:
             begin
                drop_pkt_1[3]<=drop_pkt_1[3]+1;
                drop_byte_1[3]<=drop_byte_1[3]+qos_byte_1;
             end
             6'b010000:
             begin
                drop_pkt_1[4]<=drop_pkt_1[4]+1;
                drop_byte_1[4]<=drop_byte_1[4]+qos_byte_1;
             end 
            6'b100000:
            begin
               drop_pkt_1[5]<=drop_pkt_1[5]+1;
               drop_byte_1[5]<=drop_byte_1[5]+qos_byte_1;
            end  
         endcase  
       end
    
   always@(posedge clk)
          if(reset)
          begin
            transmit_pkt_2[0]<=0;
            transmit_pkt_2[1]<=0;
            transmit_pkt_2[2]<=0;
            transmit_pkt_2[3]<=0;
            transmit_pkt_2[4]<=0;
            
            transmit_byte_2[0]<=0;
            transmit_byte_2[1]<=0;
            transmit_byte_2[2]<=0;
            transmit_byte_2[3]<=0;
            transmit_byte_2[4]<=0;
            
            drop_pkt_2[0]<=0;
            drop_pkt_2[1]<=0;
            drop_pkt_2[2]<=0;
            drop_pkt_2[3]<=0;
            drop_pkt_2[4]<=0;
            
            drop_byte_2[0]<=0;
            drop_byte_2[1]<=0;
            drop_byte_2[2]<=0;
            drop_byte_2[3]<=0;
            drop_byte_2[4]<=0;
          end
          else if(|transmit_vld_2)
          begin
            case(transmit_vld_2)
               6'b000001:
               begin
                  transmit_pkt_2[0]<=transmit_pkt_2[0]+1;
                  transmit_byte_2[0]<=transmit_byte_2[0]+qos_byte_2;
               end
               6'b000010:
               begin
                  transmit_pkt_2[1]<=transmit_pkt_2[1]+1;
                  transmit_byte_2[1]<=transmit_byte_2[1]+qos_byte_2;
               end
               6'b000100:
               begin
                  transmit_pkt_2[2]<=transmit_pkt_2[2]+1;
                  transmit_byte_2[2]<=transmit_byte_2[2]+qos_byte_2;
               end
               6'b001000:
               begin
                  transmit_pkt_2[3]<=transmit_pkt_2[3]+1;
                  transmit_byte_2[3]<=transmit_byte_2[3]+qos_byte_2;
               end
               6'b010000:
               begin
                  transmit_pkt_2[4]<=transmit_pkt_2[4]+1;
                  transmit_byte_2[4]<=transmit_byte_2[4]+qos_byte_2;
               end 
              6'b100000:
              begin
                 transmit_pkt_2[5]<=transmit_pkt_2[5]+1;
                 transmit_byte_2[5]<=transmit_byte_2[5]+qos_byte_2;
              end  
           endcase  
          end
          else if(|drop_vld_2)
          begin
            case(drop_vld_2)
             6'b000001:
                begin
                   drop_pkt_2[0]<=drop_pkt_2[0]+1;
                   drop_byte_2[0]<=drop_byte_2[0]+qos_byte_2;
                end
                6'b000010:
                begin
                   drop_pkt_2[1]<=drop_pkt_2[1]+1;
                   drop_byte_2[1]<=drop_byte_2[1]+qos_byte_2;
                end
                6'b000100:
                begin
                   drop_pkt_2[2]<=drop_pkt_2[2]+1;
                   drop_byte_2[2]<=drop_byte_2[2]+qos_byte_2;
                end
                6'b001000:
                begin
                   drop_pkt_2[3]<=drop_pkt_2[3]+1;
                   drop_byte_2[3]<=drop_byte_2[3]+qos_byte_2;
                end
                6'b010000:
                begin
                   drop_pkt_2[4]<=drop_pkt_2[4]+1;
                   drop_byte_2[4]<=drop_byte_2[4]+qos_byte_2;
                end 
               6'b100000:
               begin
                  drop_pkt_2[5]<=drop_pkt_2[5]+1;
                  drop_byte_2[5]<=drop_byte_2[5]+qos_byte_2;
               end  
            endcase  
          end
              
          always@(posedge clk)
                 if(reset)
                 begin
                   transmit_pkt_3[0]<=0;
                   transmit_pkt_3[1]<=0;
                   transmit_pkt_3[2]<=0;
                   transmit_pkt_3[3]<=0;
                   transmit_pkt_3[4]<=0;
                   
                   transmit_byte_3[0]<=0;
                   transmit_byte_3[1]<=0;
                   transmit_byte_3[2]<=0;
                   transmit_byte_3[3]<=0;
                   transmit_byte_3[4]<=0;
                   
                   drop_pkt_3[0]<=0;
                   drop_pkt_3[1]<=0;
                   drop_pkt_3[2]<=0;
                   drop_pkt_3[3]<=0;
                   drop_pkt_3[4]<=0;
                   
                   drop_byte_3[0]<=0;
                   drop_byte_3[1]<=0;
                   drop_byte_3[2]<=0;
                   drop_byte_3[3]<=0;
                   drop_byte_3[4]<=0;
                 end
                 else if(|transmit_vld_3)
                 begin
                   case(transmit_vld_3)
                      6'b000001:
                      begin
                         transmit_pkt_3[0]<=transmit_pkt_3[0]+1;
                         transmit_byte_3[0]<=transmit_byte_3[0]+qos_byte_3;
                      end
                      6'b000010:
                      begin
                         transmit_pkt_3[1]<=transmit_pkt_3[1]+1;
                         transmit_byte_3[1]<=transmit_byte_3[1]+qos_byte_3;
                      end
                      6'b000100:
                      begin
                         transmit_pkt_3[2]<=transmit_pkt_3[2]+1;
                         transmit_byte_3[2]<=transmit_byte_3[2]+qos_byte_3;
                      end
                      6'b001000:
                      begin
                         transmit_pkt_3[3]<=transmit_pkt_3[3]+1;
                         transmit_byte_3[3]<=transmit_byte_3[3]+qos_byte_3;
                      end
                      6'b010000:
                      begin
                         transmit_pkt_3[4]<=transmit_pkt_3[4]+1;
                         transmit_byte_3[4]<=transmit_byte_3[4]+qos_byte_3;
                      end 
                     6'b100000:
                     begin
                        transmit_pkt_3[5]<=transmit_pkt_3[5]+1;
                        transmit_byte_3[5]<=transmit_byte_3[5]+qos_byte_3;
                     end  
                  endcase  
                 end
                 else if(|drop_vld_3)
                 begin
                   case(drop_vld_3)
                    6'b000001:
                       begin
                          drop_pkt_3[0]<=drop_pkt_3[0]+1;
                          drop_byte_3[0]<=drop_byte_3[0]+qos_byte_3;
                       end
                       6'b000010:
                       begin
                          drop_pkt_3[1]<=drop_pkt_3[1]+1;
                          drop_byte_3[1]<=drop_byte_3[1]+qos_byte_3;
                       end
                       6'b000100:
                       begin
                          drop_pkt_3[2]<=drop_pkt_3[2]+1;
                          drop_byte_3[2]<=drop_byte_3[2]+qos_byte_3;
                       end
                       6'b001000:
                       begin
                          drop_pkt_3[3]<=drop_pkt_3[3]+1;
                          drop_byte_3[3]<=drop_byte_3[3]+qos_byte_3;
                       end
                       6'b010000:
                       begin
                          drop_pkt_3[4]<=drop_pkt_3[4]+1;
                          drop_byte_3[4]<=drop_byte_3[4]+qos_byte_3;
                       end 
                      6'b100000:
                      begin
                         drop_pkt_3[5]<=drop_pkt_3[5]+1;
                         drop_byte_3[5]<=drop_byte_3[5]+qos_byte_3;
                      end  
                   endcase  
                 end
                 
                 always@(posedge clk)
                        if(reset)
                        begin
                          transmit_pkt_4[0]<=0;
                          transmit_pkt_4[1]<=0;
                          transmit_pkt_4[2]<=0;
                          transmit_pkt_4[3]<=0;
                          transmit_pkt_4[4]<=0;
                          
                          transmit_byte_4[0]<=0;
                          transmit_byte_4[1]<=0;
                          transmit_byte_4[2]<=0;
                          transmit_byte_4[3]<=0;
                          transmit_byte_4[4]<=0;
                          
                          drop_pkt_4[0]<=0;
                          drop_pkt_4[1]<=0;
                          drop_pkt_4[2]<=0;
                          drop_pkt_4[3]<=0;
                          drop_pkt_4[4]<=0;
                          
                          drop_byte_4[0]<=0;
                          drop_byte_4[1]<=0;
                          drop_byte_4[2]<=0;
                          drop_byte_4[3]<=0;
                          drop_byte_4[4]<=0;
                        end
                        else if(|transmit_vld_4)
                        begin
                          case(transmit_vld_4)
                             6'b000001:
                             begin
                                transmit_pkt_4[0]<=transmit_pkt_4[0]+1;
                                transmit_byte_4[0]<=transmit_byte_4[0]+qos_byte_4;
                             end
                             6'b000010:
                             begin
                                transmit_pkt_4[1]<=transmit_pkt_4[1]+1;
                                transmit_byte_4[1]<=transmit_byte_4[1]+qos_byte_4;
                             end
                             6'b000100:
                             begin
                                transmit_pkt_4[2]<=transmit_pkt_4[2]+1;
                                transmit_byte_4[2]<=transmit_byte_4[2]+qos_byte_4;
                             end
                             6'b001000:
                             begin
                                transmit_pkt_4[3]<=transmit_pkt_4[3]+1;
                                transmit_byte_4[3]<=transmit_byte_4[3]+qos_byte_4;
                             end
                             6'b010000:
                             begin
                                transmit_pkt_4[4]<=transmit_pkt_4[4]+1;
                                transmit_byte_4[4]<=transmit_byte_4[4]+qos_byte_4;
                             end 
                            6'b100000:
                            begin
                               transmit_pkt_4[5]<=transmit_pkt_4[5]+1;
                               transmit_byte_4[5]<=transmit_byte_4[5]+qos_byte_4;
                            end  
                         endcase  
                        end
                        else if(|drop_vld_4)
                        begin
                          case(drop_vld_4)
                           6'b000001:
                              begin
                                 drop_pkt_4[0]<=drop_pkt_4[0]+1;
                                 drop_byte_4[0]<=drop_byte_4[0]+qos_byte_4;
                              end
                              6'b000010:
                              begin
                                 drop_pkt_4[1]<=drop_pkt_4[1]+1;
                                 drop_byte_4[1]<=drop_byte_4[1]+qos_byte_4;
                              end
                              6'b000100:
                              begin
                                 drop_pkt_4[2]<=drop_pkt_4[2]+1;
                                 drop_byte_4[2]<=drop_byte_4[2]+qos_byte_4;
                              end
                              6'b001000:
                              begin
                                 drop_pkt_4[3]<=drop_pkt_4[3]+1;
                                 drop_byte_4[3]<=drop_byte_4[3]+qos_byte_4;
                              end
                              6'b010000:
                              begin
                                 drop_pkt_4[4]<=drop_pkt_4[4]+1;
                                 drop_byte_4[4]<=drop_byte_4[4]+qos_byte_4;
                              end 
                             6'b100000:
                             begin
                                drop_pkt_4[5]<=drop_pkt_4[5]+1;
                                drop_byte_4[5]<=drop_byte_4[5]+qos_byte_4;
                             end  
                          endcase  
                        end

   always@(posedge clk)
          if(reset)
          begin
            transmit_pkt_5[0]<=0;
            transmit_pkt_5[1]<=0;
            transmit_pkt_5[2]<=0;
            transmit_pkt_5[3]<=0;
            transmit_pkt_5[4]<=0;
            
            transmit_byte_5[0]<=0;
            transmit_byte_5[1]<=0;
            transmit_byte_5[2]<=0;
            transmit_byte_5[3]<=0;
            transmit_byte_5[4]<=0;
            
            drop_pkt_5[0]<=0;
            drop_pkt_5[1]<=0;
            drop_pkt_5[2]<=0;
            drop_pkt_5[3]<=0;
            drop_pkt_5[4]<=0;
            
            drop_byte_5[0]<=0;
            drop_byte_5[1]<=0;
            drop_byte_5[2]<=0;
            drop_byte_5[3]<=0;
            drop_byte_5[4]<=0;
          end
          else if(|transmit_vld_5)
          begin
            case(transmit_vld_5)
               6'b000001:
               begin
                  transmit_pkt_5[0]<=transmit_pkt_5[0]+1;
                  transmit_byte_5[0]<=transmit_byte_5[0]+qos_byte_5;
               end
               6'b000010:
               begin
                  transmit_pkt_5[1]<=transmit_pkt_5[1]+1;
                  transmit_byte_5[1]<=transmit_byte_5[1]+qos_byte_5;
               end
               6'b000100:
               begin
                  transmit_pkt_5[2]<=transmit_pkt_5[2]+1;
                  transmit_byte_5[2]<=transmit_byte_5[2]+qos_byte_5;
               end
               6'b001000:
               begin
                  transmit_pkt_5[3]<=transmit_pkt_5[3]+1;
                  transmit_byte_5[3]<=transmit_byte_5[3]+qos_byte_5;
               end
               6'b010000:
               begin
                  transmit_pkt_5[4]<=transmit_pkt_5[4]+1;
                  transmit_byte_5[4]<=transmit_byte_5[4]+qos_byte_5;
               end 
              6'b100000:
              begin
                 transmit_pkt_5[5]<=transmit_pkt_5[5]+1;
                 transmit_byte_5[5]<=transmit_byte_5[5]+qos_byte_5;
              end  
           endcase  
          end
          else if(|drop_vld_5)
          begin
            case(drop_vld_5)
             6'b000001:
                begin
                   drop_pkt_5[0]<=drop_pkt_5[0]+1;
                   drop_byte_5[0]<=drop_byte_5[0]+qos_byte_5;
                end
                6'b000010:
                begin
                   drop_pkt_5[1]<=drop_pkt_5[1]+1;
                   drop_byte_5[1]<=drop_byte_5[1]+qos_byte_5;
                end
                6'b000100:
                begin
                   drop_pkt_5[2]<=drop_pkt_5[2]+1;
                   drop_byte_5[2]<=drop_byte_5[2]+qos_byte_5;
                end
                6'b001000:
                begin
                   drop_pkt_5[3]<=drop_pkt_5[3]+1;
                   drop_byte_5[3]<=drop_byte_5[3]+qos_byte_5;
                end
                6'b010000:
                begin
                   drop_pkt_5[4]<=drop_pkt_5[4]+1;
                   drop_byte_5[4]<=drop_byte_5[4]+qos_byte_5;
                end 
               6'b100000:
               begin
                  drop_pkt_5[5]<=drop_pkt_5[5]+1;
                  drop_byte_5[5]<=drop_byte_5[5]+qos_byte_5;
               end  
            endcase  
          end

   always@(posedge clk)
          if(reset)
          begin
            transmit_pkt_6[0]<=0;
            transmit_pkt_6[1]<=0;
            transmit_pkt_6[2]<=0;
            transmit_pkt_6[3]<=0;
            transmit_pkt_6[4]<=0;
            
            transmit_byte_6[0]<=0;
            transmit_byte_6[1]<=0;
            transmit_byte_6[2]<=0;
            transmit_byte_6[3]<=0;
            transmit_byte_6[4]<=0;
            
            drop_pkt_6[0]<=0;
            drop_pkt_6[1]<=0;
            drop_pkt_6[2]<=0;
            drop_pkt_6[3]<=0;
            drop_pkt_6[4]<=0;
            
            drop_byte_6[0]<=0;
            drop_byte_6[1]<=0;
            drop_byte_6[2]<=0;
            drop_byte_6[3]<=0;
            drop_byte_6[4]<=0;
          end
          else if(|transmit_vld_6)
          begin
            case(transmit_vld_6)
               6'b000001:
               begin
                  transmit_pkt_6[0]<=transmit_pkt_6[0]+1;
                  transmit_byte_6[0]<=transmit_byte_6[0]+qos_byte_6;
               end
               6'b000010:
               begin
                  transmit_pkt_6[1]<=transmit_pkt_6[1]+1;
                  transmit_byte_6[1]<=transmit_byte_6[1]+qos_byte_6;
               end
               6'b000100:
               begin
                  transmit_pkt_6[2]<=transmit_pkt_6[2]+1;
                  transmit_byte_6[2]<=transmit_byte_6[2]+qos_byte_6;
               end
               6'b001000:
               begin
                  transmit_pkt_6[3]<=transmit_pkt_6[3]+1;
                  transmit_byte_6[3]<=transmit_byte_6[3]+qos_byte_6;
               end
               6'b010000:
               begin
                  transmit_pkt_6[4]<=transmit_pkt_6[4]+1;
                  transmit_byte_6[4]<=transmit_byte_6[4]+qos_byte_6;
               end 
              6'b100000:
              begin
                 transmit_pkt_6[5]<=transmit_pkt_6[5]+1;
                 transmit_byte_6[5]<=transmit_byte_6[5]+qos_byte_6;
              end  
           endcase  
          end
          else if(|drop_vld_6)
          begin
            case(drop_vld_6)
             6'b000001:
                begin
                   drop_pkt_6[0]<=drop_pkt_6[0]+1;
                   drop_byte_6[0]<=drop_byte_6[0]+qos_byte_6;
                end
                6'b000010:
                begin
                   drop_pkt_6[1]<=drop_pkt_6[1]+1;
                   drop_byte_6[1]<=drop_byte_6[1]+qos_byte_6;
                end
                6'b000100:
                begin
                   drop_pkt_6[2]<=drop_pkt_6[2]+1;
                   drop_byte_6[2]<=drop_byte_6[2]+qos_byte_6;
                end
                6'b001000:
                begin
                   drop_pkt_6[3]<=drop_pkt_6[3]+1;
                   drop_byte_6[3]<=drop_byte_6[3]+qos_byte_6;
                end
                6'b010000:
                begin
                   drop_pkt_6[4]<=drop_pkt_6[4]+1;
                   drop_byte_6[4]<=drop_byte_6[4]+qos_byte_6;
                end 
               6'b100000:
               begin
                  drop_pkt_6[5]<=drop_pkt_6[5]+1;
                  drop_byte_6[5]<=drop_byte_6[5]+qos_byte_6;
               end  
            endcase  
          end

   always@(posedge clk)
          if(reset)
          begin
            transmit_pkt_7[0]<=0;
            transmit_pkt_7[1]<=0;
            transmit_pkt_7[2]<=0;
            transmit_pkt_7[3]<=0;
            transmit_pkt_7[4]<=0;
            
            transmit_byte_7[0]<=0;
            transmit_byte_7[1]<=0;
            transmit_byte_7[2]<=0;
            transmit_byte_7[3]<=0;
            transmit_byte_7[4]<=0;
            
            drop_pkt_7[0]<=0;
            drop_pkt_7[1]<=0;
            drop_pkt_7[2]<=0;
            drop_pkt_7[3]<=0;
            drop_pkt_7[4]<=0;
            
            drop_byte_7[0]<=0;
            drop_byte_7[1]<=0;
            drop_byte_7[2]<=0;
            drop_byte_7[3]<=0;
            drop_byte_7[4]<=0;
          end
          else if(|transmit_vld_7)
          begin
            case(transmit_vld_7)
               6'b000001:
               begin
                  transmit_pkt_7[0]<=transmit_pkt_7[0]+1;
                  transmit_byte_7[0]<=transmit_byte_7[0]+qos_byte_7;
               end
               6'b000010:
               begin
                  transmit_pkt_7[1]<=transmit_pkt_7[1]+1;
                  transmit_byte_7[1]<=transmit_byte_7[1]+qos_byte_7;
               end
               6'b000100:
               begin
                  transmit_pkt_7[2]<=transmit_pkt_7[2]+1;
                  transmit_byte_7[2]<=transmit_byte_7[2]+qos_byte_7;
               end
               6'b001000:
               begin
                  transmit_pkt_7[3]<=transmit_pkt_7[3]+1;
                  transmit_byte_7[3]<=transmit_byte_7[3]+qos_byte_7;
               end
               6'b010000:
               begin
                  transmit_pkt_7[4]<=transmit_pkt_7[4]+1;
                  transmit_byte_7[4]<=transmit_byte_7[4]+qos_byte_7;
               end 
              6'b100000:
              begin
                 transmit_pkt_7[5]<=transmit_pkt_7[5]+1;
                 transmit_byte_7[5]<=transmit_byte_7[5]+qos_byte_7;
              end  
           endcase  
          end
          else if(|drop_vld_7)
          begin
            case(drop_vld_7)
             6'b000001:
                begin
                   drop_pkt_7[0]<=drop_pkt_7[0]+1;
                   drop_byte_7[0]<=drop_byte_7[0]+qos_byte_7;
                end
                6'b000010:
                begin
                   drop_pkt_7[1]<=drop_pkt_7[1]+1;
                   drop_byte_7[1]<=drop_byte_7[1]+qos_byte_7;
                end
                6'b000100:
                begin
                   drop_pkt_7[2]<=drop_pkt_7[2]+1;
                   drop_byte_7[2]<=drop_byte_7[2]+qos_byte_7;
                end
                6'b001000:
                begin
                   drop_pkt_7[3]<=drop_pkt_7[3]+1;
                   drop_byte_7[3]<=drop_byte_7[3]+qos_byte_7;
                end
                6'b010000:
                begin
                   drop_pkt_7[4]<=drop_pkt_7[4]+1;
                   drop_byte_7[4]<=drop_byte_7[4]+qos_byte_7;
                end 
               6'b100000:
               begin
                  drop_pkt_7[5]<=drop_pkt_7[5]+1;
                  drop_byte_7[5]<=drop_byte_7[5]+qos_byte_7;
               end  
            endcase  
          end
                                              
   always@(posedge clk)
       if(reset)
       begin
           queue_weight_0<=1;
           queue_weight_1<=2;
           queue_weight_2<=3;
           queue_weight_3<=4;       
           queue_weight_4<=5;
           queue_weight_5<=6;        
           data_output_queues_o<=32'hdeadbeef;
       end
       else if(req_output_queues_i && rw_output_queues_i==0)
           case(addr_output_queues_i[7:0])
           0:queue_weight_0<=data_output_queues_i;
           4:queue_weight_1<=data_output_queues_i;
           8:queue_weight_2<=data_output_queues_i;
           16:queue_weight_3<=data_output_queues_i;
           20:queue_weight_4<=data_output_queues_i;
           24:queue_weight_5<=data_output_queues_i;
           endcase
       else if(req_output_queues_i && rw_output_queues_i==1)
           case(addr_output_queues_i[7:0])
              0:data_output_queues_o<=queue_weight_0;
              4:data_output_queues_o<=queue_weight_1;
              8:data_output_queues_o<=queue_weight_2;
              12:data_output_queues_o<=queue_weight_3;
              16:data_output_queues_o<=queue_weight_4;
              20:data_output_queues_o<=queue_weight_5;
              `TRANSMIT_PKT_COUNTER_QUEUES: 
              case(addr_output_queues_i[19:16])
                 0:data_output_queues_o<=transmit_pkt_0[addr_output_queues_i[15:8]];
                 1:data_output_queues_o<=transmit_pkt_1[addr_output_queues_i[15:8]];
                 2:data_output_queues_o<=transmit_pkt_2[addr_output_queues_i[15:8]];
                 3:data_output_queues_o<=transmit_pkt_3[addr_output_queues_i[15:8]];
                 4:data_output_queues_o<=transmit_pkt_4[addr_output_queues_i[15:8]];
                 5:data_output_queues_o<=transmit_pkt_5[addr_output_queues_i[15:8]];
                 6:data_output_queues_o<=transmit_pkt_6[addr_output_queues_i[15:8]];
                 7:data_output_queues_o<=transmit_pkt_7[addr_output_queues_i[15:8]];
                 default:data_output_queues_o<=32'hdeadbeef;
              endcase
              `TRANSMIT_BYTE_COUNTER_QUEUES:
               case(addr_output_queues_i[19:16])
                  0:data_output_queues_o<=transmit_byte_0[addr_output_queues_i[15:8]];
                  1:data_output_queues_o<=transmit_byte_1[addr_output_queues_i[15:8]];
                  2:data_output_queues_o<=transmit_byte_2[addr_output_queues_i[15:8]];
                  3:data_output_queues_o<=transmit_byte_3[addr_output_queues_i[15:8]];
                  4:data_output_queues_o<=transmit_byte_4[addr_output_queues_i[15:8]];
                  5:data_output_queues_o<=transmit_byte_5[addr_output_queues_i[15:8]];
                  6:data_output_queues_o<=transmit_byte_6[addr_output_queues_i[15:8]];
                  7:data_output_queues_o<=transmit_byte_7[addr_output_queues_i[15:8]];
                  default:data_output_queues_o<=32'hdeadbeef;
               endcase
               `DROP_PKT_COUNTER_QUEUES:
               case(addr_output_queues_i[19:16])
                  0:data_output_queues_o<=drop_pkt_0[addr_output_queues_i[15:8]];
                  1:data_output_queues_o<=drop_pkt_1[addr_output_queues_i[15:8]];
                  2:data_output_queues_o<=drop_pkt_2[addr_output_queues_i[15:8]];
                  3:data_output_queues_o<=drop_pkt_3[addr_output_queues_i[15:8]];
                  4:data_output_queues_o<=drop_pkt_4[addr_output_queues_i[15:8]];
                  5:data_output_queues_o<=drop_pkt_5[addr_output_queues_i[15:8]];
                  6:data_output_queues_o<=drop_pkt_6[addr_output_queues_i[15:8]];
                  7:data_output_queues_o<=drop_pkt_7[addr_output_queues_i[15:8]];
                  default:data_output_queues_o<=32'hdeadbeef;
               endcase
               `DROP_BYTE_COUNTER_QUEUES:
               case(addr_output_queues_i[19:16])
                  0:data_output_queues_o<=drop_byte_0[addr_output_queues_i[15:8]];
                  1:data_output_queues_o<=drop_byte_1[addr_output_queues_i[15:8]];
                  2:data_output_queues_o<=drop_byte_2[addr_output_queues_i[15:8]];
                  3:data_output_queues_o<=drop_byte_3[addr_output_queues_i[15:8]];
                  4:data_output_queues_o<=drop_byte_4[addr_output_queues_i[15:8]];
                  5:data_output_queues_o<=drop_byte_5[addr_output_queues_i[15:8]];
                  6:data_output_queues_o<=drop_byte_6[addr_output_queues_i[15:8]];
                  7:data_output_queues_o<=drop_byte_7[addr_output_queues_i[15:8]];
                  default:data_output_queues_o<=32'hdeadbeef;
               endcase
               
              default:data_output_queues_o<=32'hdeadbeef;
            endcase
end   
`elsif ONETS20 
begin
always@(posedge clk)
    if(reset)
    begin
        queue_weight_0<=1;
        queue_weight_1<=2;
        queue_weight_2<=3;
        queue_weight_3<=4;       
        queue_weight_4<=5;
        queue_weight_5<=6;        
        data_output_queues_o<=32'hdeadbeef;
    end
    else if(req_output_queues_i && rw_output_queues_i==0)
        case(addr_output_queues_i[7:0])
        0:queue_weight_0<=data_output_queues_i;
        4:queue_weight_1<=data_output_queues_i;
        8:queue_weight_2<=data_output_queues_i;
        16:queue_weight_3<=data_output_queues_i;
        20:queue_weight_4<=data_output_queues_i;
        24:queue_weight_5<=data_output_queues_i;
        endcase
    else if(req_output_queues_i && rw_output_queues_i==1)
        case(addr_output_queues_i[7:0])
           0:data_output_queues_o<=queue_weight_0;
           4:data_output_queues_o<=queue_weight_1;
           8:data_output_queues_o<=queue_weight_2;
           12:data_output_queues_o<=queue_weight_3;
           16:data_output_queues_o<=queue_weight_4;
           20:data_output_queues_o<=queue_weight_5;
           default:data_output_queues_o<=32'hdeadbeef;
         endcase
end   
`endif
          
          always@(posedge clk)
              if(reset)
                  ack_output_queues_o<=0;
              else if(req_output_queues_i && rw_output_queues_i==1)
                  ack_output_queues_o<=1;
              else if(req_output_queues_i && rw_output_queues_i==0)
                  ack_output_queues_o<=1;
              else ack_output_queues_o<=0;
    
endmodule